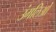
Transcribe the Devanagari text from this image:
उंगलिओं